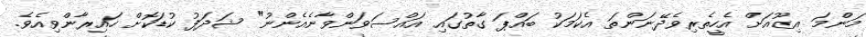
މަންމަ އިޒޫއަށް އެހީތެރިވެދޭނަންތަ އެކަމަކު ބައްޕަ ގާތުގައި އައްސަވަންވާނެއެންނު" ޝަދަފު ކުޑަކޮށް ހައިރާންވިއެވެ.